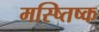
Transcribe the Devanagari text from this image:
मस्ष्तिष्क